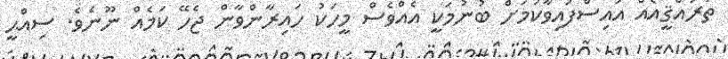
ތަރައްޤީއެއް އައިސްފައިވާކަމަށް ބުނުމަކީ އެއްވެސް މީހަކު ހައިރާންވާން ޖެހޭ ކަމެއް ނޫނެވެ. ސިއްޙީ